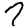
Digit: 7